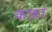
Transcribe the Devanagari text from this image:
कफ़ा